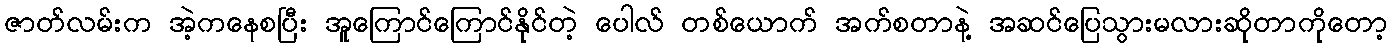
ဇာတ်လမ်းက အဲ့ကနေစပြီး အူကြောင်ကြောင်နိုင်တဲ့ ပေါလ် တစ်ယောက် အက်စတာနဲ့ အဆင်ပြေသွားမလားဆိုတာကိုတော့